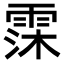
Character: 霂